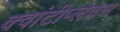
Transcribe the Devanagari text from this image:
क्वांटीप्लेक्स